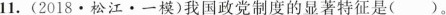
11.(2018·松江·一模)我国政党制度的显著特征是()。